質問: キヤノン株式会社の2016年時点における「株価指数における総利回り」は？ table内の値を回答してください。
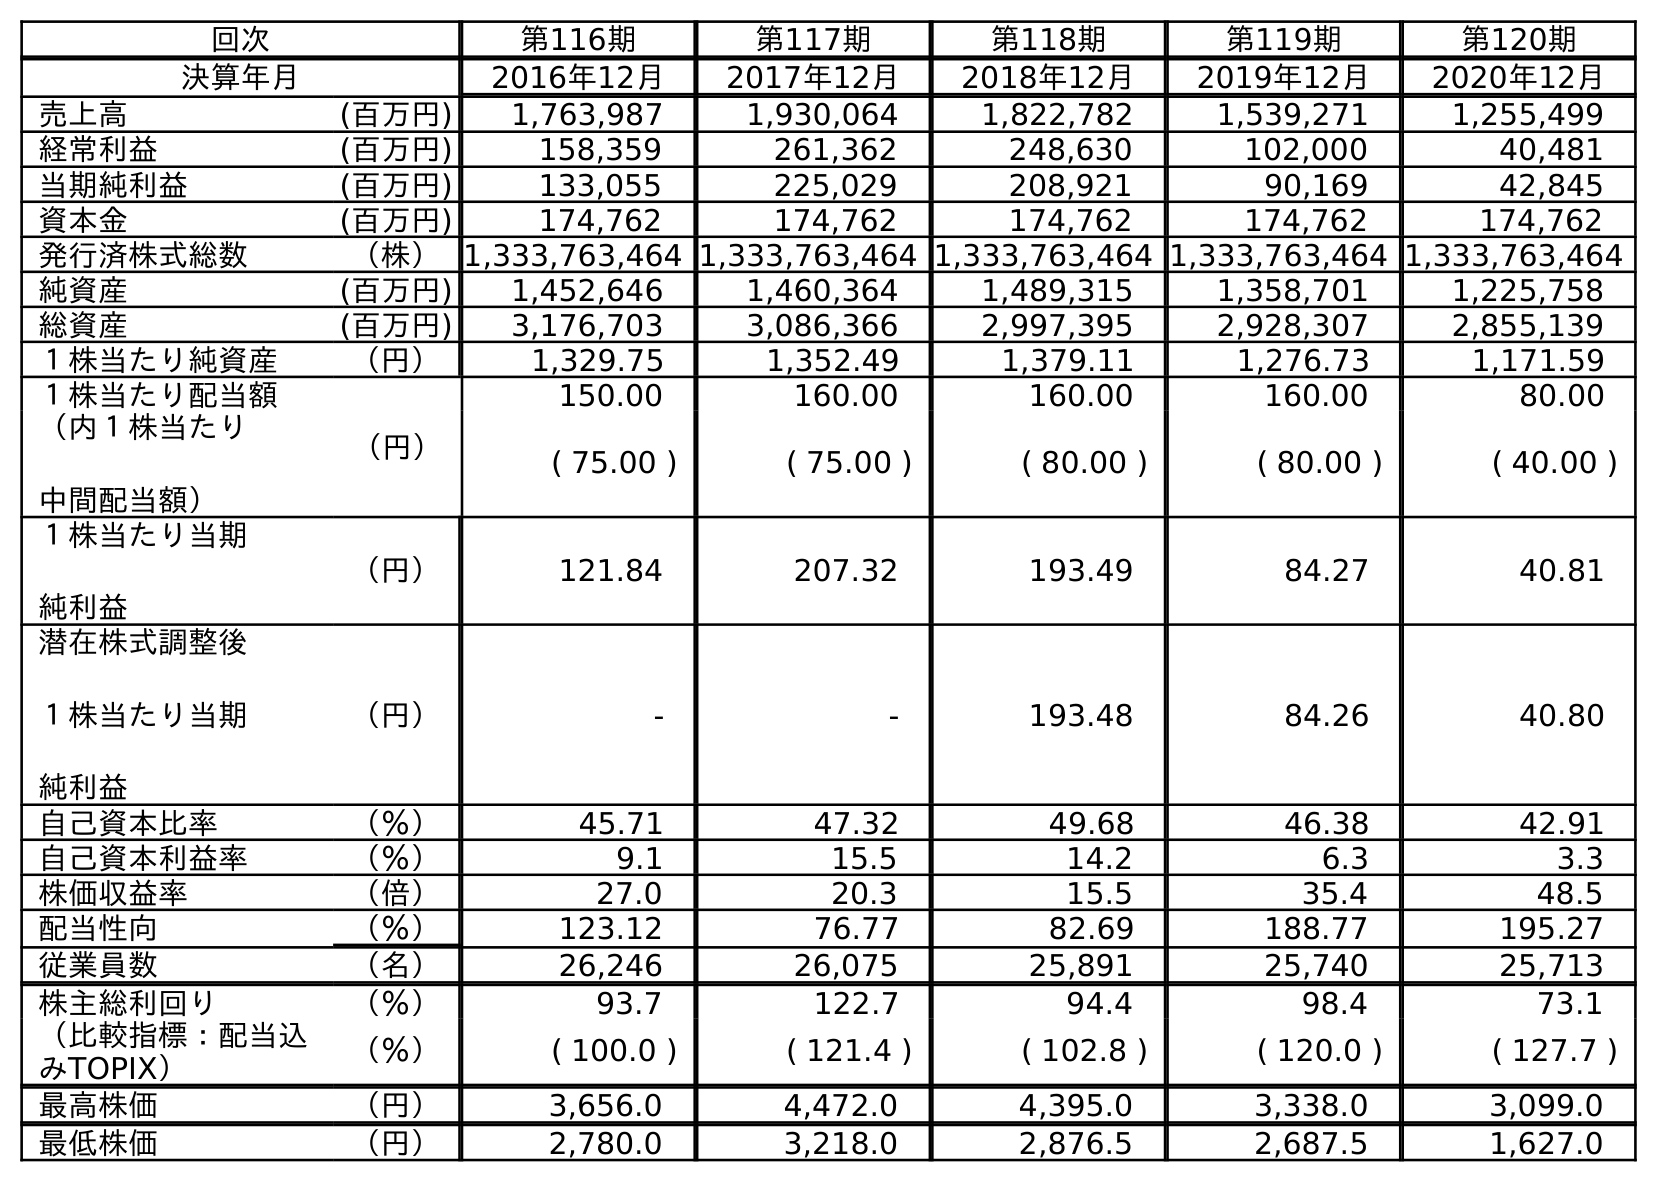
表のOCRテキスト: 回次 第116期 第117期 第118期 第119期 第120期 決算年月 2016年12月 2017年12月 2018年12月 2019年12月 2020年12月 売上高 (百万円) 1,763,987 1,930,064 1,822,782 1,539,271 1,255,499 経常利益 (百万円) 158,359 261,362 248,630 102,000 40,481 当期純利益 (百万円) 133,055 225,029 208,921 90,169 42,845 資本金 (百万円) 174,762 174,762 174,762 174,762 174,762 発行済株式総数 （株）1,333,763,464 1,333,763,464 1,333,763,464 1,333,763,464 1,333,763,464 純資産 (百万円) 1,452,646 1,460,364 1,489,315 1,358,701 1,225,758 総資産 (百万円) 3,176,703 3,086,366 2,997,395 2,928,307 2,855,139 １株当たり純資産 （円） 1,329.75 1,352.49 1,379.11 1,276.73 1,171.59 １株当たり配当額 （円） 150.00 160.00 160.00 160.00 80.00 （内１株当たり 中間配当額） ( 75.00 ) ( 75.00 ) ( 80.00 ) ( 80.00 ) ( 40.00 ) １株当たり当期 純利益 （円） 121.84 207.32 193.49 84.27 40.81 潜在株式調整後 １株当たり当期 純利益 （円） - - 193.48 84.26 40.80 自己資本比率 （％） 45.71 47.32 49.68 46.38 42.91 自己資本利益率 （％） 9.1 15.5 14.2 6.3 3.3 株価収益率 （倍） 27.0 20.3 15.5 35.4 48.5 配当性向 （％） 123.12 76.77 82.69 188.77 195.27 従業員数 （名） 26,246 26,075 25,891 25,740 25,713 株主総利回り （％） 93.7 122.7 94.4 98.4 73.1 （比較指標：配当込 みTOPIX） （％） ( 100.0 ) ( 121.4 ) ( 102.8 ) ( 120.0 ) ( 127.7 ) 最高株価 （円） 3,656.0 4,472.0 4,395.0 3,338.0 3,099.0 最低株価 （円） 2,780.0 3,218.0 2,876.5 2,687.5 1,627.0
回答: (100.0)